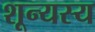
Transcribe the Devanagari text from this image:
शून्यस्य